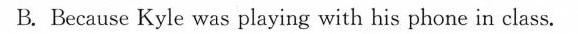
B. Because Kyle was playing with his phone in class.